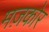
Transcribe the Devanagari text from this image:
मज़कोर